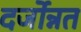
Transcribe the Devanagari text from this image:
दर्जोन्नत